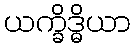
ယက္ခိဒ္ဓိယာ